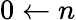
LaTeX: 0\leftarrow n